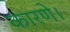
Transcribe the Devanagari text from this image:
कारणे।